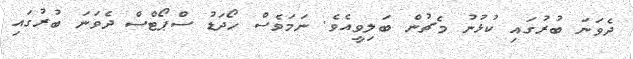
ދެވަނަ ބުރުގައި ކުޅުނު މެޗުން ބަލިވީއެވެ. ނަމަވެސް ހޯދަޑު ސްޕޯޓްސް ދެވަނަ ބުރުގައި